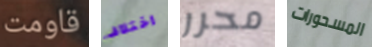
قاومت اختلاف محرر المسحورات